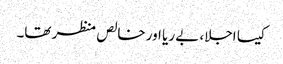
کیسا اجلا، بے ریا اور خالص منظر تھا۔